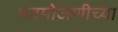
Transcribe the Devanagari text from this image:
मतमोजणीच्या